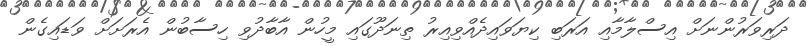
ދަރިވަރުންނަށް އިސްލާމާއި އަރަބި ކިޔަވައިދެއްވިއިރު ތިނަދޫގައި މީހުން އާބާދުވި ހިސާބުން އެރަށަށް ވަޑައިގެން